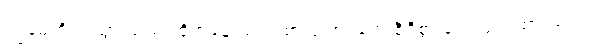
ကျွန်မတို့ဝင်သွားသည့် ထိုအခန်းသည် စာအုပ်စင်တွေ စီရီစွာ ခင်းကျင်းထားသည့်